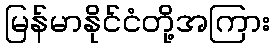
မြန်မာနိုင်ငံတို့အကြား